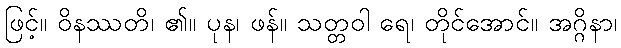
ဖြင့်။ ဝိနဿတိ၊ ၏။ ပုန၊ ဖန်။ သတ္တဝါ ရေ၊ တိုင်အောင်။ အဂ္ဂိနာ၊